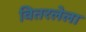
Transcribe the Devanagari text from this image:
वितरलेला